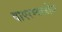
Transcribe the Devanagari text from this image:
वापरण्याजोगा